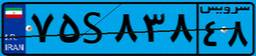
۸۷S۸۱۹۷۶